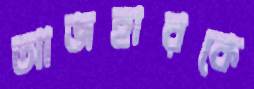
আজহারকে